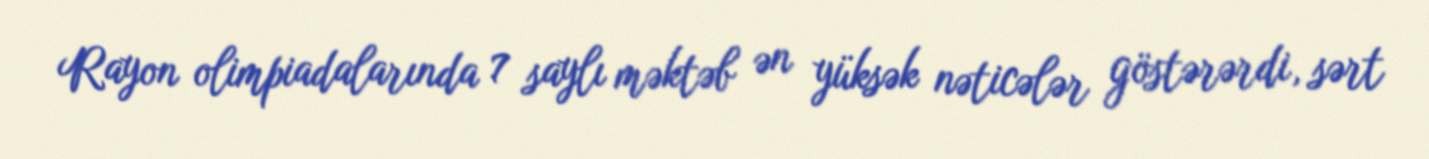
Rayon olimpiadalarında 7 saylı məktəb ən yüksək nəticələr göstərərdi, sərt